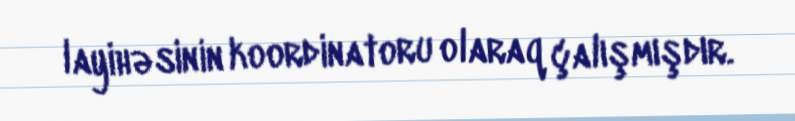
layihəsinin koordinatoru olaraq çalışmışdır.